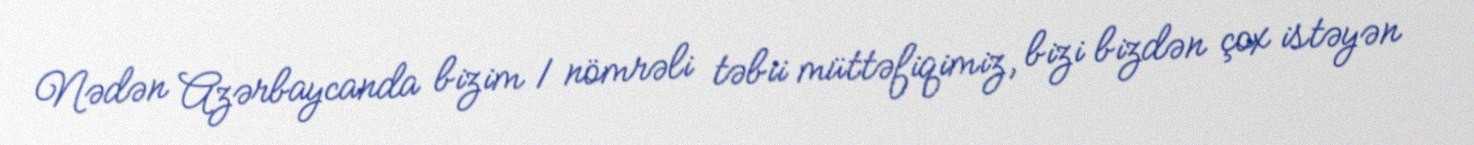
Nədən Azərbaycanda bizim 1 nömrəli təbii müttəfiqimiz, bizi bizdən çox istəyən